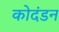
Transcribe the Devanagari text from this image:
कोदंडन